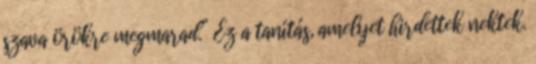
szava örökre megmarad.” Ez a tanítás, amelyet hirdettek nektek.